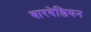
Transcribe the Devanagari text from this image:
बारबेल्लियन